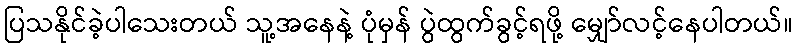
ပြသနိုင်ခဲ့ပါသေးတယ် သူ့အနေနဲ့ ပုံမှန် ပွဲထွက်ခွင့်ရဖို့ မျှော်လင့်နေပါတယ်။